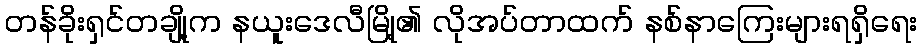
တန်ခိုးရှင်တချို့က နယူးဒေလီမြို့၏ လိုအပ်တာထက် နစ်နာကြေးများရရှိရေး